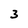
Character: 3